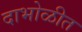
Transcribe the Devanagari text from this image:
दाभोळीत